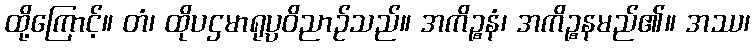
ထို့ကြောင့်။ တံ၊ ထိုပဌမာရုပ္ပဝိညာဉ်သည်။ အကိဉ္စနံ၊ အကိဉ္စနမည်၏။ အဿ၊